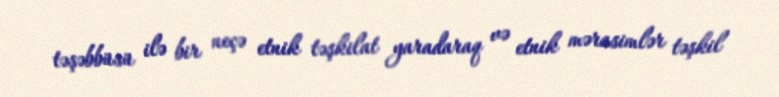
təşəbbüsü ilə bir neçə etnik təşkilat yaradaraq və etnik mərasimlər təşkil